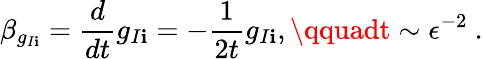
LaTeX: \beta_{g_{I\mathbf{i}}}=\frac{{d}}{{dt}}g_{I\mathbf{i}}=-\frac{{1}}{{2t}}g_{I\mathbf{i}},\qquadt\sim\epsilon^{-2}~.